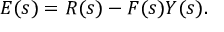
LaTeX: E ( s ) = R ( s ) - F ( s ) Y ( s ) .